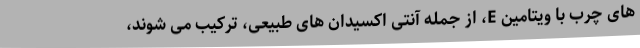
های چرب با ویتامین E، از جمله آنتی اکسیدان های طبیعی، ترکیب می شوند،